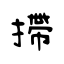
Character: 摕